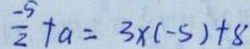
\frac { - 5 } { 2 } + a = 3 \times ( - 5 ) + 8